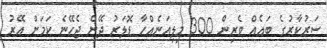
ސަރުކާރުގެ ބައެއް ވެރިން 300 މިލިއަނެއްހާ ޑޮލަރު ދޭން ޖެހޭނެ ކަމަށް އޭރު